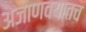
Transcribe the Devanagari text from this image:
अजाणवयातच